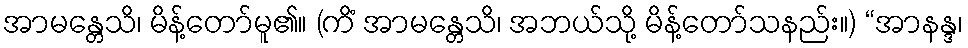
အာမန္တေသိ၊ မိန့်တော်မူ၏။ (ကိံ အာမန္တေသိ၊ အဘယ်သို့ မိန့်တော်သနည်း။) “အာနန္ဒ၊